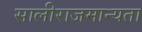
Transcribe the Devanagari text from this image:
सालीराजमान्यता